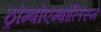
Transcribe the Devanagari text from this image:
ठ्रोम्बोएम्बोलिस्म